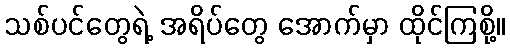
သစ်ပင်တွေရဲ့ အရိပ်တွေ အောက်မှာ ထိုင်ကြစို့။